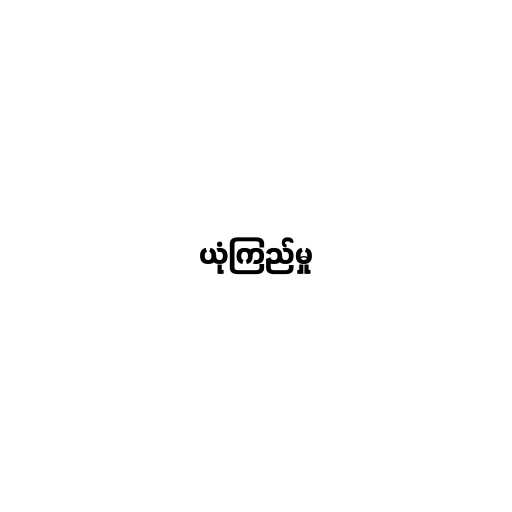
ယုံကြည်မှု